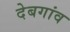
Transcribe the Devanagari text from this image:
देबगांव